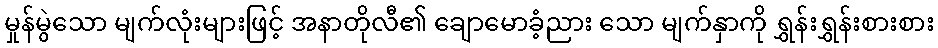
မှုန်မွဲသော မျက်လုံးများဖြင့် အနာတိုလီ၏ ချောမောခံ့ညား သော မျက်နှာကို ရွှန်းရွှန်းစားစား